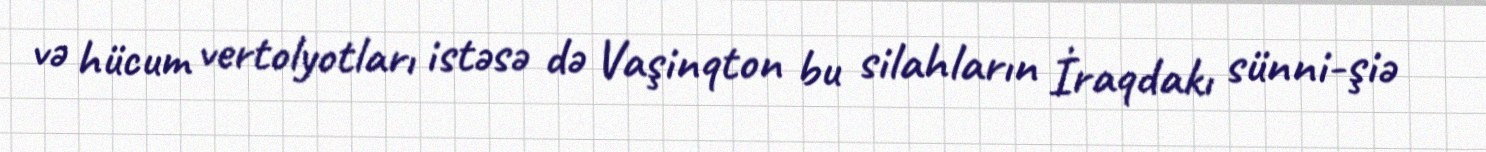
və hücum vertolyotları istəsə də Vaşinqton bu silahların İraqdakı sünni-şiə